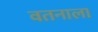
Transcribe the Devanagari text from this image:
वतनाला